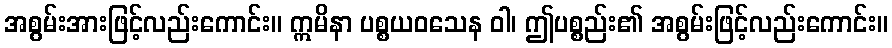
အစွမ်းအားဖြင့်လည်းကောင်း။ ဣမိနာ ပစ္စယဝသေန ဝါ၊ ဤပစ္စည်း၏ အစွမ်းဖြင့်လည်းကောင်း။